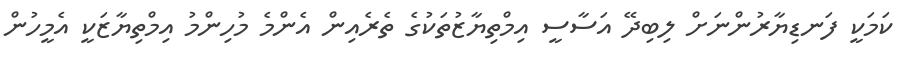
ކަމަކީ ފަނޑިޔާރުންނަށް ލިބިދޭ އަސާސީ އިމްތިޔާޒުތަކުގެ ތެރެއިން އެންމެ މުހިންމު އިމްތިޔާޒަކީ އެމީހުން